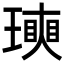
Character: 𤩵